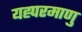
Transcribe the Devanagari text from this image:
यह्परमाणु